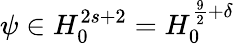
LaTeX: \psi\in H_{0}^{2s+2}=H_{0}^{\frac{9}{2}+\delta}